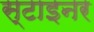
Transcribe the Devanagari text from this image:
स्टाइनर